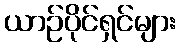
ယာဉ်ပိုင်ရှင်များ